Vital statistics of India. Vol. IV, Annual returns from 1871 to 1876. British Army of India, Native Army and jails of Bengal
Year: 1871
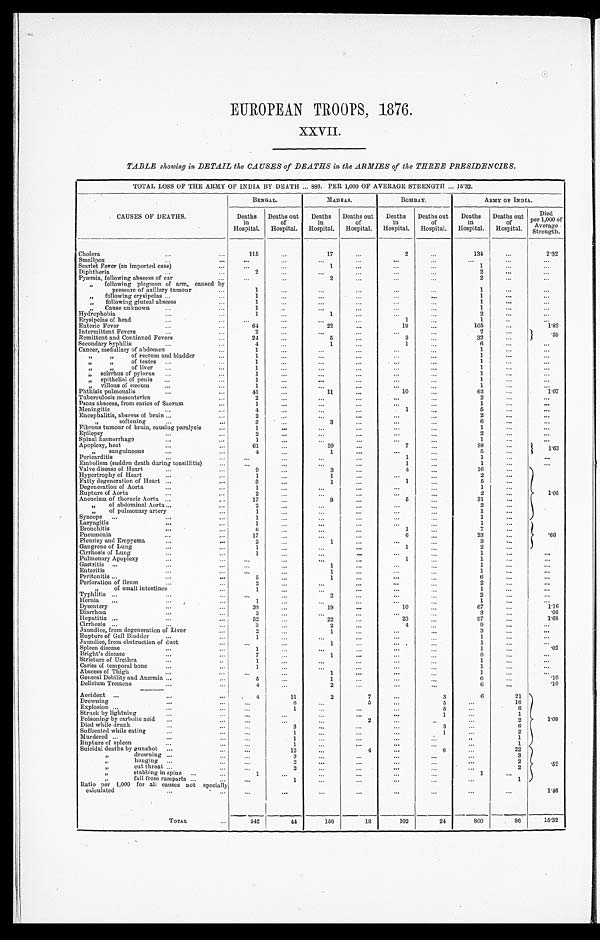
EUROPEAN TROOPS, 1876.
XXVII.
TABLE showing in DETAIL the CAUSES of DEATHS in the ARMIES of the THREE PRESIDENCIES.
TOTAL LOSS OF THE ARMY OF INDIA BY DEATH ... 886. PER 1,000 OF AVERAGE STRENGTH ... 15.32.
CAUSES OF DEATHS.
BENGAL.
MADRAS.
BOMBAY.
ARMY OF INDIA.
Deaths
in
Hospital.
Deaths out
of
Hospital.
Deaths
in
Hospital.
Deaths out
of
Hospital.
Deaths
in
Hospital.
Deaths out
of
Hospital.
Deaths
in
Hospital.
Deaths out
of
Hospital.
Died
per 1,000 of
Average
Strength.
Cholera
...
. . .
115
...
17
...
2
...
134
. . .
...
2 . 3 2
Smallpox
. . .
...
...
. . .
...
...
...
...
. . .
. . .
. . .
Scarlet Fever (an imported case)
...
. . .
...
1
...
...
...
1
...
...
Diphtheria
...
. . .
2
...
...
. . .
...
...
2
...
...
Pyæmia, following abscess of ear
...
...
. . .
2
...
...
. . .
2
. . .
...
, , f o l l o w i n g
p l e g m o n o f a r m , c a u s e d b y
pressure of axillary tumour
...
1
...
. . .
...
...
. . .
1
...
...
,, following erysipelas ...
...
1
...
...
...
...
...
1
. . .
...
, , f ol l owi ng gl ut e a l a bs c e s s
...
1
...
...
...
...
. . .
1
. . .
...
, , C a u s e u n k n o w n ...
...
1
..
...
...
...
...
1
. . .
...
Hyrophobia
...
...
1
. . .
1
...
. . .
. . .
2
...
...
Erysipelas of head
...
...
...
...
...
. . .
1
. . .
1
..
...
Enteric Fever
...
...
64
. . .
22
. . .
19
...
105
...
1.82
Intermittent Fevers
...
...
2
...
...
...
...
. . .
2
. . .
. 5 9
Remittent and Continued Fevers
...
24
...
5
...
3
...
32
. . .
Secondary Syphilis
...
...
4
...
1
. . .
1
...
6
...
. . .
Cancer, medullary of abdomen
...
1
...
...
...
...
...
1
. . .
...
, , , , o f r e c t u m a n d b l a d d e r
...
1
...
...
...
...
...
1
...
...
,, ,,
of testes ...
...
1
...
...
...
...
...
1
. . .
...
,, ,, of liver ...
...
1
. . .
. . .
. . . ...
. . .
1
. . .
. . .
,, seirrhus of pylorus ...
...
1
...
. . .
. . .
...
. . .
1
...
...
„ epithelial of penis ...
...
1
. . .
. . .
...
. . .
...
1
. . .
...
,, villous of cœcum
...
...
1
...
. . .
...
...
. . .
1
...
...
Phthisis pulmonalis
...
...
41
. . .
11
. . .
10
...
62
...
1.07
Tuberculosis mesenterica
...
2
. . .
. . .
. . .
. . .
...
2
. . .
. . .
Psoas abscess, from caries of Sacrum
...
1
. . .
. . .
. . .
. . .
...
1
. . .
. . .
Meningitis
...
...
4
. . .
...
...
1
...
5
...
...
Encephalitis, abscess of brain ...
...
2
. . .
...
...
...
. . .
2
...
...
„
softening
...
. . .
3
...
3
. . .
. . .
...
6
...
...
Fibrous tumour of brain, causing paralysis
. . .
1
...
...
...
...
...
1
. . .
. . .
Epilepsy
...
...
2
...
...
...
...
...
2
...
. . .
Spinal hæmorrhage
. . .
...
1
. . .
...
...
...
...
1
. . .
...
Apoplexy, heat
...
...
61
. . .
20
...
7
. . .
88
. . .
1 . 6 3
„
sanguineous
...
...
4
. . .
1
. . .
. . .
...
5
. . .
Pericarditis
...
...
. . .
. . .
. . .
. . .
1
. . .
1
...
...
Embolism (sudden death during tonsillitis)
...
. . .
. . .
. . .
. . .
1
. . .
1
...
...
Valve disease of Heart
...
...
9
. . .
3
. . .
4
. . .
16
. . .
1.05
Hypertrophy of Heart
...
...
1
. . .
1
. . .
. . .
. . .
2
...
Fatty degeneration of Heart ...
...
3
. . .
1
. . .
1
. . .
5
...
Degeneration of Aorta
...
. . .
1
. . .
. . .
. . .
. . .
. . .
1
. . .
Rupture of Aorta
...
...
2
. . .
...
. . .
...
...
2
...
Aneurism of thoracic Aorta ...
..
17
. . .
9
. . .
5
. . .
31
...
,, of abdominal Aorta...
...
2
. . .
...
...
...
. . .
2
. . .
„
of pulmonary artery
. . .
1
. . .
...
...
...
. . .
1
...
Syncope ...
...
...
1
. . .
...
...
...
...
1
...
Laryngitis
...
. . .
1
...
...
...
...
...
1
. . .
.66
Bronchitis
...
. . .
6
. . .
. . .
...
1
...
7
...
Pneumonia
...
...
17
...
...
...
6
...
23
...
Pleurisy and Empyema
. . .
...
2
...
1
...
. . .
...
3
. . .
Gangrene of Lung
...
. . .
1
...
...
...
1
...
2
. . .
Cirrhosis of Lung
. . .
...
1
...
...
...
...
...
1
...
. . .
Pulmonary Apoplexy
. . .
...
. . .
...
...
. . .
1
. . .
1
. . .
...
Gastritis ...
...
...
...
. . .
1
...
. . .
...
1
. . .
. . .
Enteritis Peritonitis ...
...
. . .
... . . .
5 5
... . . .
11
...
. . .
. . .
. . .
... . . .
1
6
. . .
. . .
. . .
. . .
Perforation of ileum
...
. . .
2
. . .
...
...
...
...
2
...
...
„
of small intestines
. . .
1
...
...
...
...
. . .
1
. . .
. . .
Typhlitis ...
. . .
. . .
...
...
2
. . .
...
. . .
2
. . .
...
Hernia
...
. . .
...
1
. . .
...
...
...
. . .
1
...
...
Dysentery
...
...
38
. . .
19
...
10
. . .
67
. . .
1.16
Diarrhœa
. . .
. . .
3
. . .
...
. . .
...
. . .
3
. . .
.05
Hepatitis ...
. . .
...
52
...
22
...
23
...
97
...
1.68
Cirrhosis ...
...
. . .
3
. . .
2
...
4
...
9
. . .
. . .
Jaundice, from degeneration of Liver
...
2
...
1
. . .
. . .
...
3
. . .
. . .
Rupture of Gall Bladder
...
...
1
. . .
...
...
...
. . .
1
...
...
Jaundice, from obstruction of duet
. . .
...
...
1
. . .
. . .
...
1
. . .
. . .
Spleen disease
...
. . .
1
. . .
...
...
...
. . .
1
...
.02
Bright's diseases
. . .
. . .
7
...
1
...
...
...
8
. . .
. . .
Stricture of Urethra
...
. .
1
...
...
...
...
...
1
. . .
...
Caries of temporal bone
...
. . .
1
. . .
...
...
...
...
1
. . .
...
Abscess of Thigh
...
...
. . .
. . .
1
...
. . .
. . .
1
...
...
General Debility and Anæmia ...
. . .
5
...
1
...
...
.
..
6
. . .
.10
Delirium Tremens
. . .
...
4
...
2
. . .
...
...
6
...
.10
Accident ...
. . .
. . .
4
11
2
7
. . .
3
6
21
1.09
Drowning
...
...
. . .
6
. . .
5
. . .
5
. . .
16
Explosion ...
...
...
. . .
1
. . .
. . . ...
5
. . .
6
Struck by lightning
. . .
...
. . .
...
...
. . .
. . .
1
. . .
1
Poisoning by carbolic acid ...
...
. . .
. . .
. . .
2 ...
. .
. . .
2
Died while drunk
...
...
. . .
3
. . .
. . .
. . .
3
...
6
Suffocated while eating
. . .
...
...
1
. . .
...
...
1
. . .
2
Murdered ...
...
...
. . .
1
. . .
. . .
. . .
. . .
. . .
1
Rupture of spleen
. . .
...
. . .
1
. . .
. . . ...
. . .
...
1
Suicidal deaths by gunshot ...
...
. . .
12
. . .
4
. . .
6
. . .
22
.52
,, dr owni ng ...
...
. . .
3
. . .
. . .
. . .
. . .
. . .
3
, , h a n g i n g
. . .
. . .
. . .
2
. . .
. . . ...
. . .
. . .
2
, , c u t t h r o a t . . .
. . .
. . .
2
. . .
. . .
...
. . .
. . .
2
,, stabbing in spine ...
...
1
...
...
...
...
...
1
...
, , f a l l f r o m r a m p a r t s
. . .
...
...
1
. . .
. . . ...
. . .
...
1 ,
Ratio per 1,000 for all causes not specially
calculated
...
...
...
...
...
...
...
...
...
...
1.46
TOTAL
...
542
44
156
18
102
24
800
86
15.32